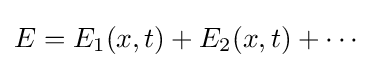
E=E_{1}(x,t)+E_{2}(x,t)+\cdots